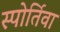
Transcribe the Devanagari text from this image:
स्पोर्तिवा